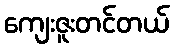
ကျေးဇူးတင်တယ်